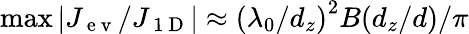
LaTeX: \operatorname*{max}|J_{\mathrm{~e~v~}}/J_{\mathrm{~1~D~}}|\approx\left(\lambda_{0}/d_{z}\right)^{2}B(d_{z}/d)/\pi